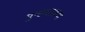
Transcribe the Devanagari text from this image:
पुन्ह्चाक्रण